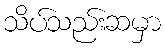
သိပ်သည်းဆမှာ